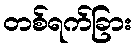
တစ်ရက်ခြား